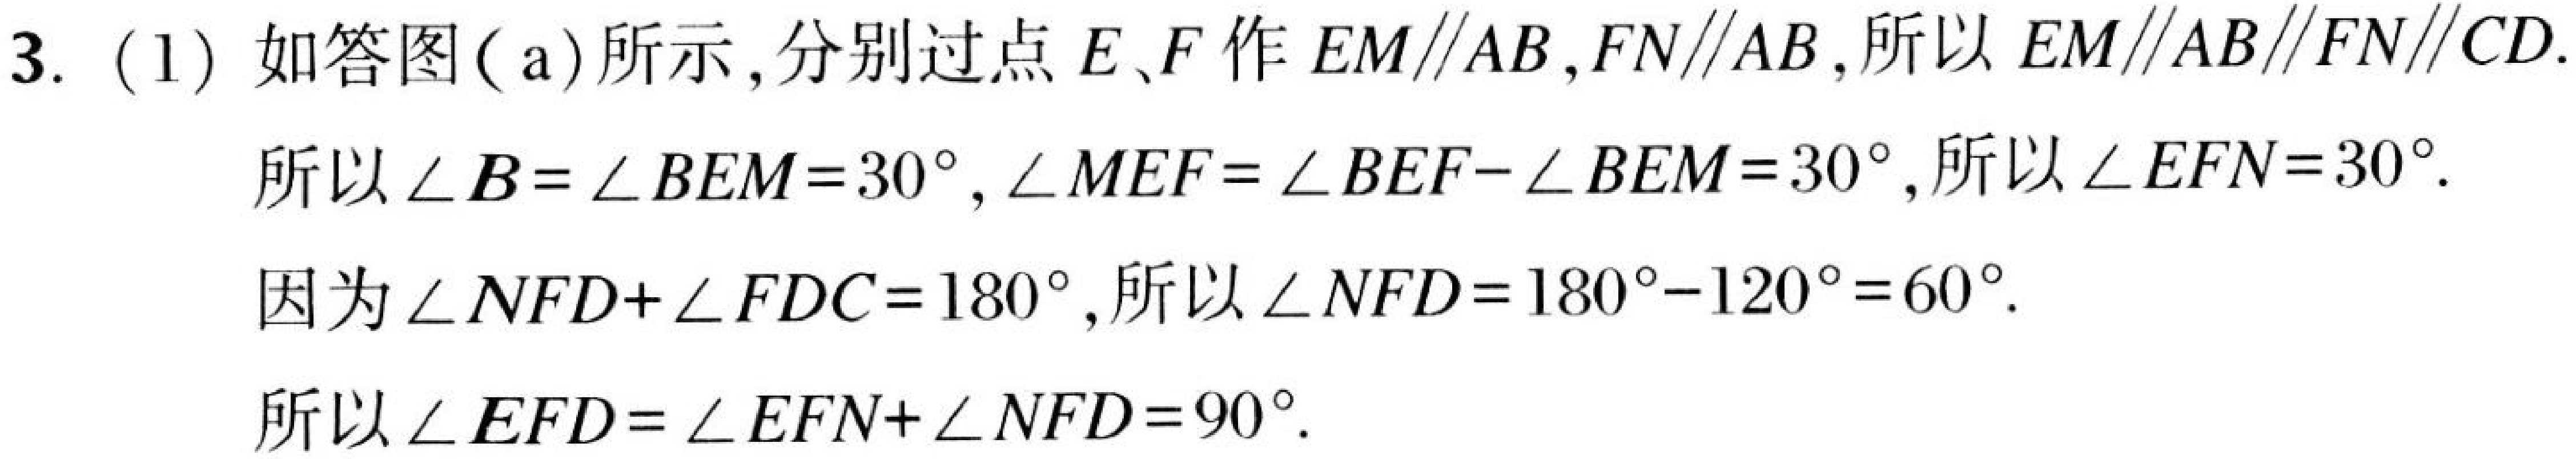
3. (1) 如答图(a)所示，分别过点\(E\)、\(F\)作\(EM\parallel AB\)，\(FN\parallel AB\)，所以\(EM\parallel AB\parallel FN\parallel CD\).
所以\(\angle B = \angle BEM = 30^{\circ}\)，\(\angle MEF=\angle BEF - \angle BEM = 30^{\circ}\)，所以\(\angle EFN = 30^{\circ}\).
因为\(\angle NFD+\angle FDC = 180^{\circ}\)，所以\(\angle NFD = 180^{\circ}-120^{\circ}=60^{\circ}\).
所以\(\angle EFD=\angle EFN+\angle NFD = 90^{\circ}\).